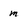
Character: m